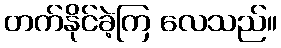
တက်နိုင်ခဲ့ကြ လေသည်။